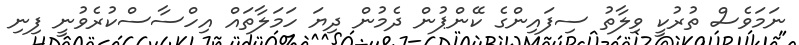
ނަމަވެސް ތުރުކީ ވިލާތު ސިފައިންގެ ކޭންޕުން ދެމުން ދިޔަ ހަމަލާތައް އިހްސާސްކުރެވުނީ ފިނި